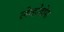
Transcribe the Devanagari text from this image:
लेव्होडोपा